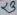
Text: 23